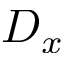
D _ { x }